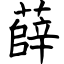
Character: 薛